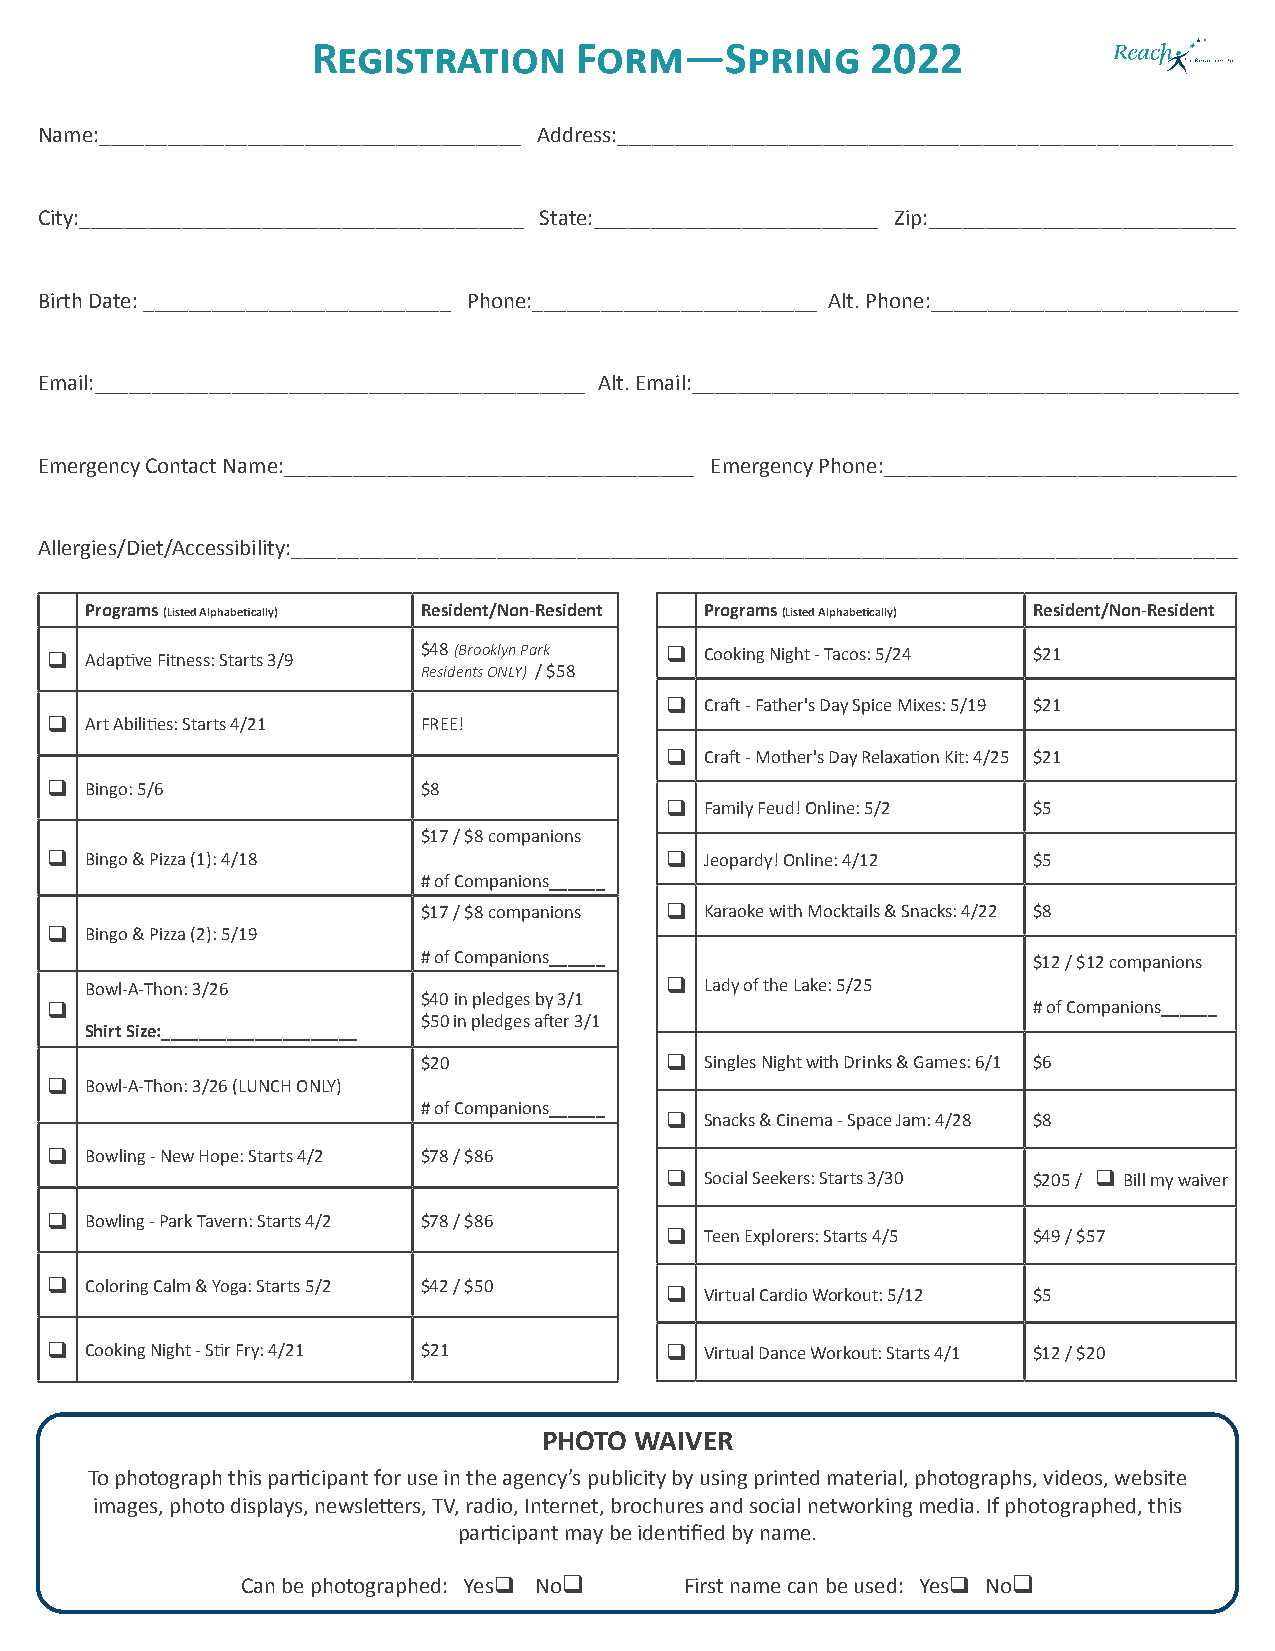
Registration     Form—Spring         2022
 Name:_____________________________________ Address:______________________________________________________
 City:_______________________________________ State:_________________________ Zip:___________________________
 Birth Date: ___________________________ Phone:_________________________ Alt. Phone:___________________________
 Email:___________________________________________ Alt. Email:________________________________________________
 Emergency Contact Name:____________________________________ Emergency Phone:_______________________________
 Allergies/Diet/Accessibility:___________________________________________________________________________________
 Programs (Listed Alphabetically) Resident/Non-Resident Programs (Listed Alphabetically) Resident/Non-Resident
 q  Adaptive Fitness: Starts 3/9 $48 (Brooklyn Park q Cooking Night - Tacos: 5/24 $21
 Residents ONLY) / $58
 q  Craft - Father's Day Spice Mixes: 5/19 $21
 q  Art Abilities: Starts 4/21 FREE!
 q  Craft - Mother's Day Relaxation Kit: 4/25 $21
 q  Bingo: 5/6            $8
 q  Family Feud! Online: 5/2 $5
 $17 / $8 companions
 q  Bingo & Pizza (1): 4/18               q  Jeopardy! Online: 4/12 $5
 # of Companions______
 $17 / $8 companions q Karaoke with Mocktails & Snacks: 4/22 $8
 q  Bingo & Pizza (2): 5/19
 # of Companions______                   $12 / $12 companions
 Bowl-A-Thon: 3/26                     q  Lady of the Lake: 5/25
 $40 in pledges by 3/1
 q                                                                # of Companions______
 $50 in pledges after 3/1
 Shirt Size:_____________________
 $20             q  Singles Night with Drinks & Games: 6/1 $6
 q  Bowl-A-Thon: 3/26 (LUNCH ONLY)
 # of Companions______
 q  Snacks & Cinema - Space Jam: 4/28 $8
 q  Bowling - New Hope: Starts 4/2 $78 / $86
 q  Social Seekers: Starts 3/30 $205 / q Bill my waiver
 q  Bowling - Park Tavern: Starts 4/2 $78 / $86
 q  Teen Explorers: Starts 4/5 $49 / $57
 q  Coloring Calm & Yoga: Starts 5/2 $42 / $50
 q  Virtual Cardio Workout: 5/12 $5
 q  Cooking Night - Stir Fry: 4/21 $21    q  Virtual Dance Workout: Starts 4/1 $12 / $20
 PHOTO WAIVER
 To photograph this participant for use in the agency’s publicity by using printed material, photographs, videos, website
 images, photo displays, newsletters, TV, radio, Internet, brochures and social networking media. If photographed, this
 participant may be identified by name.
 Can be photographed: Yesq Noq First name can be used: Yesq Noq